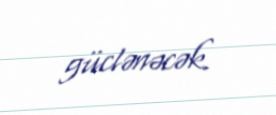
güclənəcək.